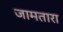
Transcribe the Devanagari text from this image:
जामतारा